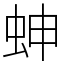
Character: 𧊋